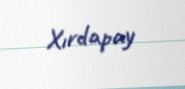
Xırdapay